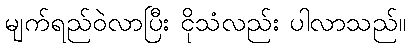
မျက်ရည်ဝဲလာပြီး ငိုသံလည်း ပါလာသည်။